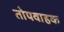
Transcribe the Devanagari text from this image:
तोपवाहक